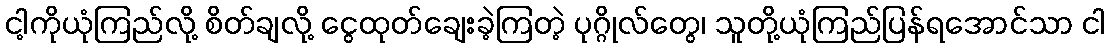
ငါ့ကိုယုံကြည်လို့ စိတ်ချလို့ ငွေထုတ်ချေးခဲ့ကြတဲ့ ပုဂ္ဂိုလ်တွေ၊ သူတို့ယုံကြည်ပြန်ရအောင်သာ ငါ